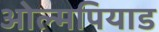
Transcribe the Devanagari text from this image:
ओल्मपियाड